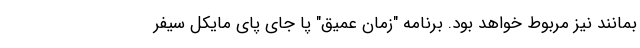
بمانند نیز مربوط خواهد بود. برنامه‌ "زمان عمیق" پا جای پای مایکل سیفر